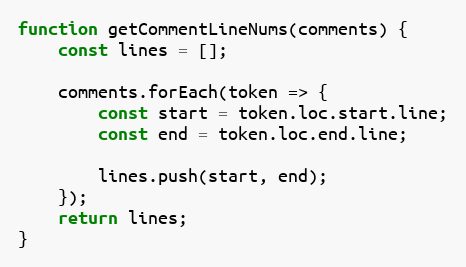
Language: JavaScript
function getCommentLineNums(comments) {
    const lines = [];

    comments.forEach(token => {
        const start = token.loc.start.line;
        const end = token.loc.end.line;

        lines.push(start, end);
    });
    return lines;
}